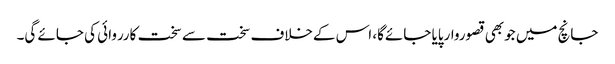
جانچ میں جوبھی قصوروارپایا جائےگا، اس کےخلاف سخت سے سخت کارروائی کی جائے گی۔